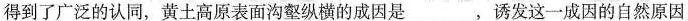
得到了广泛的认同，黄土高原表面沟壑纵横的成因是___，诱发这一成因的自然原因